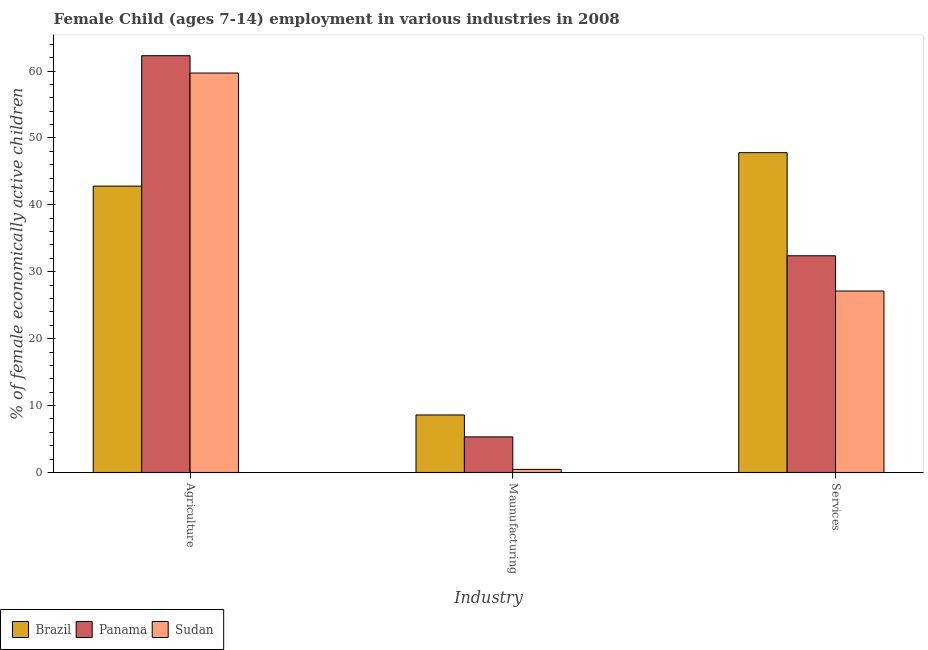
| Industry | Brazil | Panama | Sudan |
 | --- | --- | --- | --- |
 | Agriculture | 42.8 | 62.3 | 59.7 |
 | Maunufacturing | 8.6 | 5.32 | 0.46 |
 | Services | 47.8 | 32.4 | 27.1 |